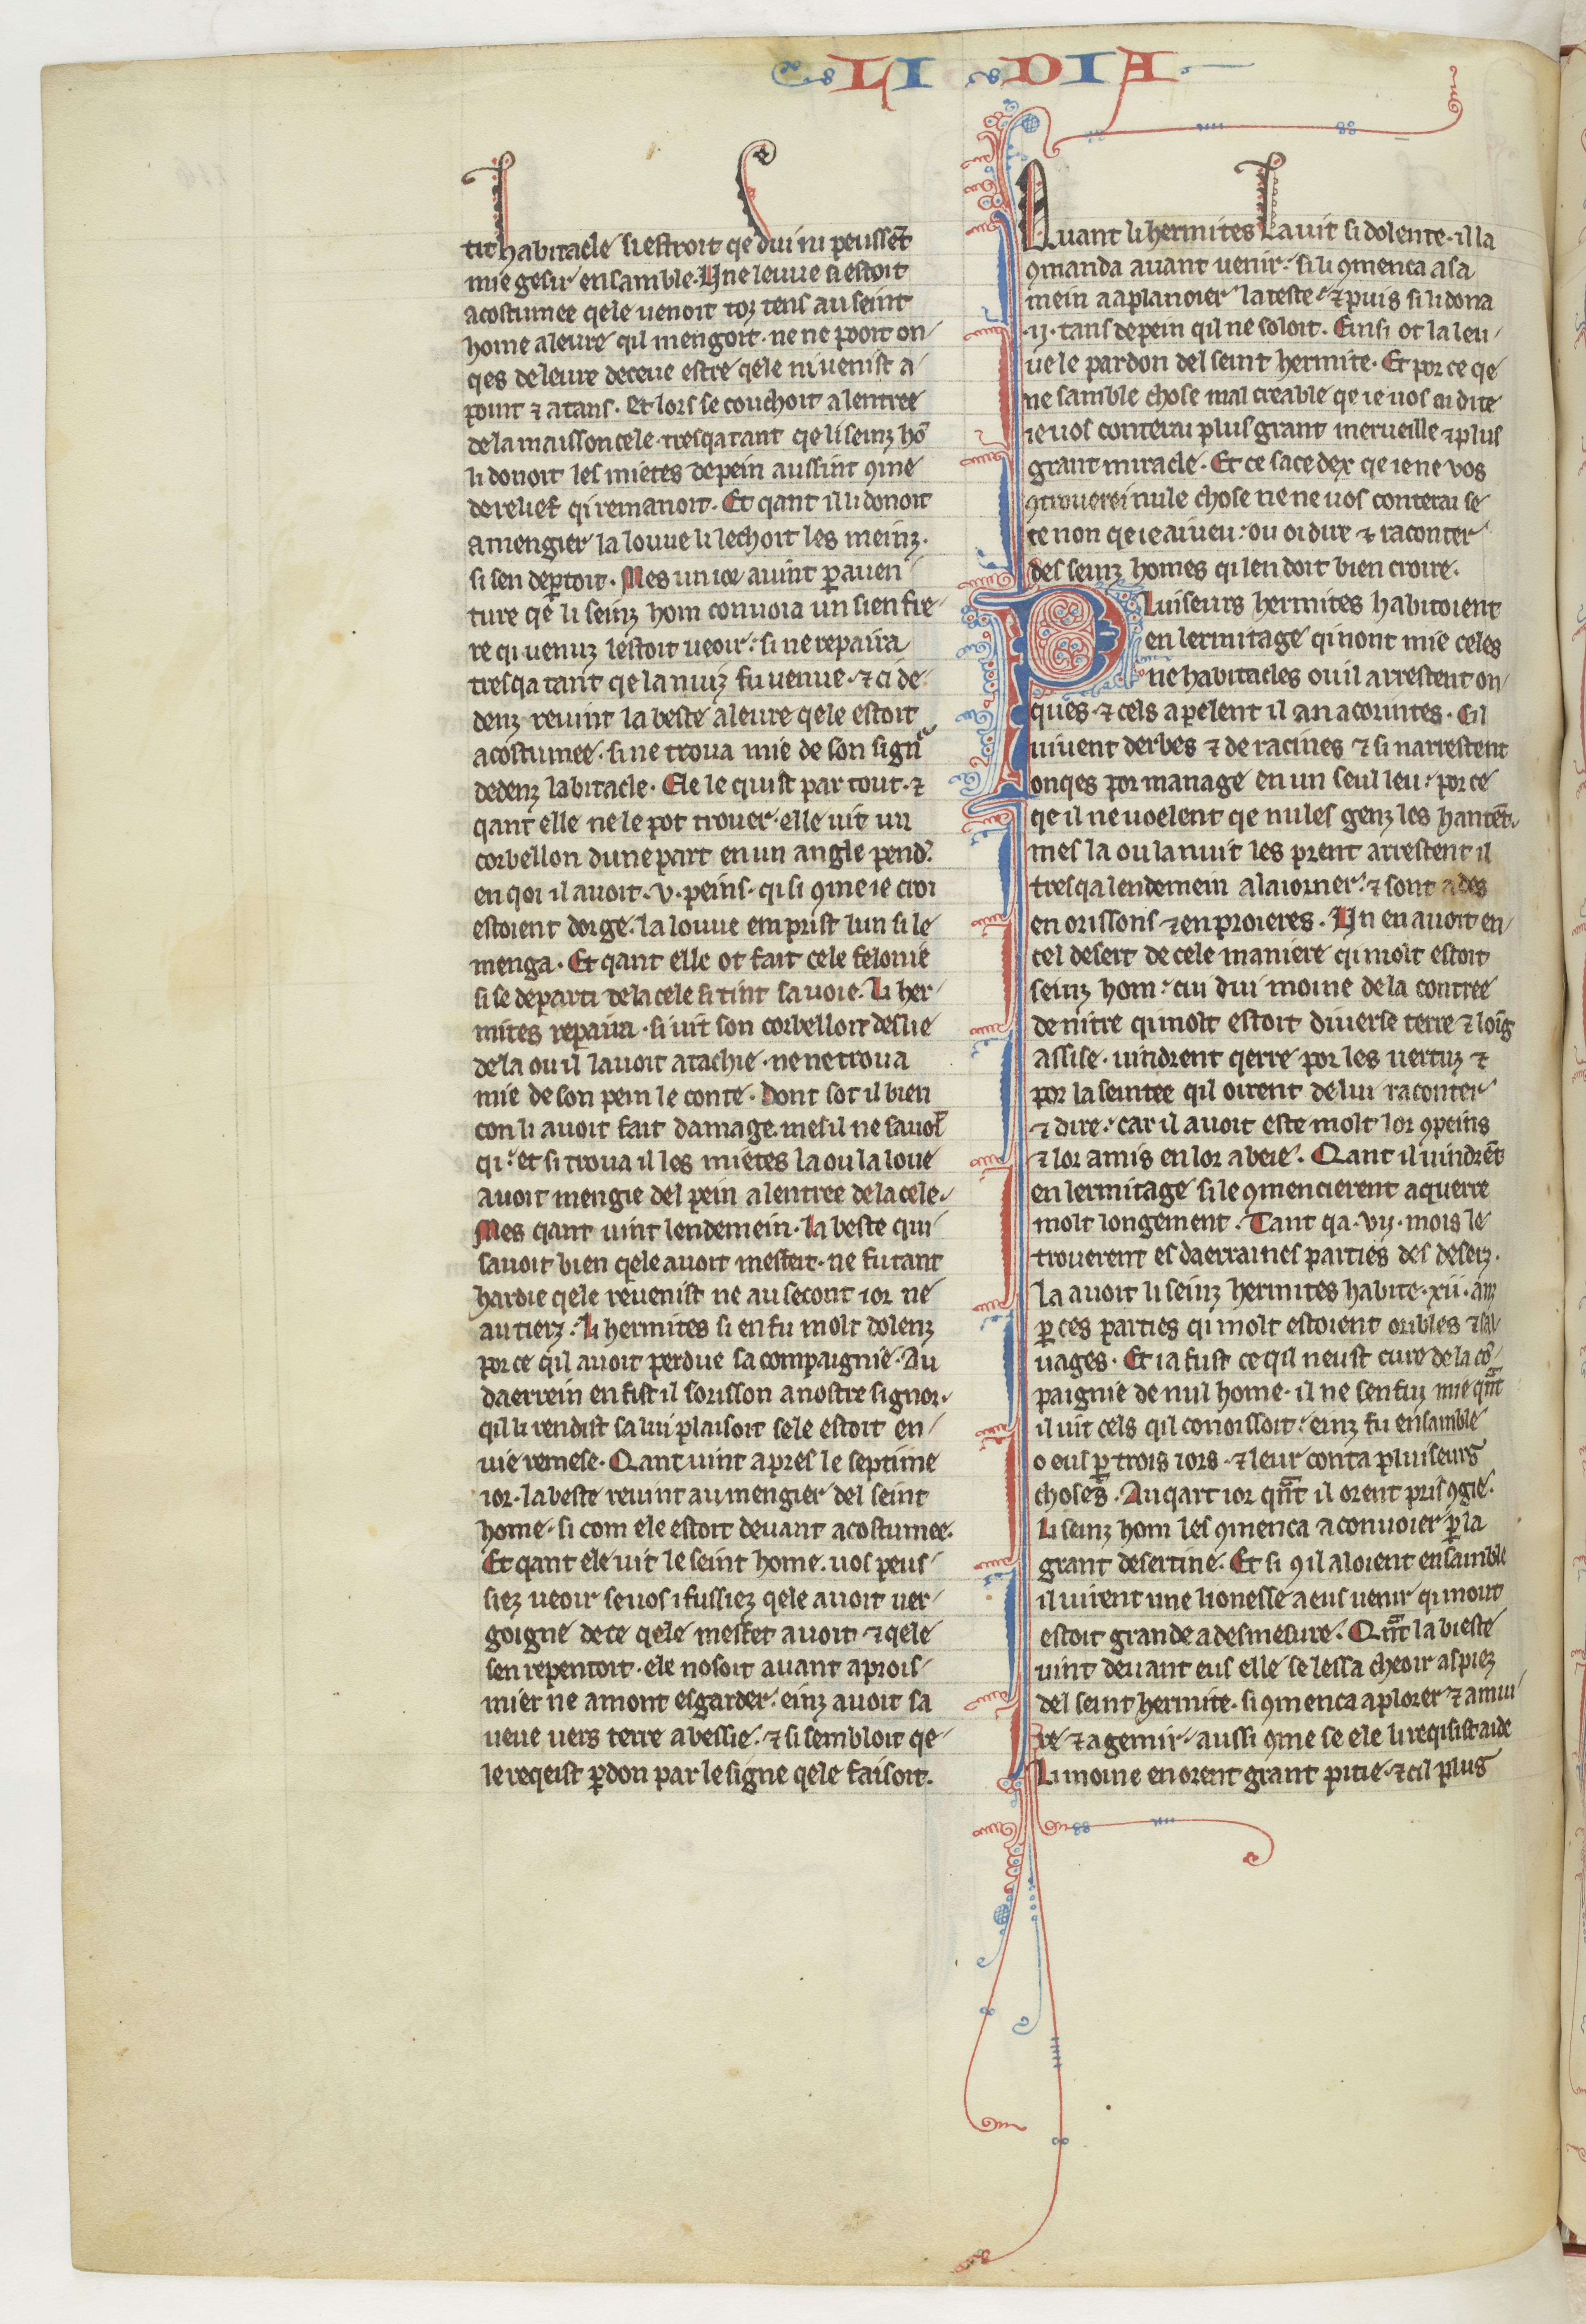
Shelfmark: Paris, BnF, fr. 412
Century: 13